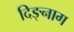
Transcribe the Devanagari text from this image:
दिङ्‌नाग